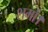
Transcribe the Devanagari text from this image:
शमों।